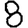
Digit: 8